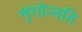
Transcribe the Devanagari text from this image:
शृंगोन्नति